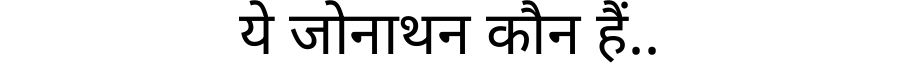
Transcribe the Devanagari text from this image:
ये जोनाथन कौन हैं..